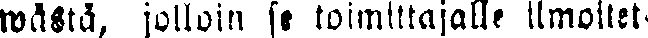
wästä, jolloin se toimittajalle ilmoitet-